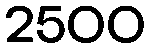
2500